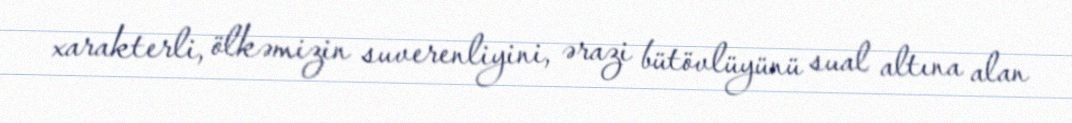
xarakterli, ölkəmizin suverenliyini, ərazi bütövlüyünü sual altına alan